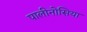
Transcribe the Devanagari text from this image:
पालीनोसिया